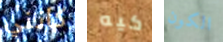
كانني كيه الكون